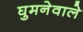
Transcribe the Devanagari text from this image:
घुमनेवाले